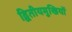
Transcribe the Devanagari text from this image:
द्वितीयमुखियों